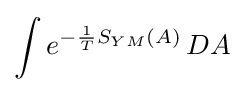
\int e^{-{\frac {1}{T}}S_{YM}(A)}\,DA